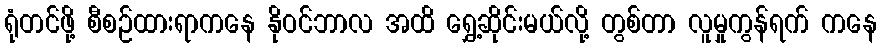
ရုံတင်ဖို့ စီစဉ်ထားရာကနေ နိုဝင်ဘာလ အထိ ရွှေ့ဆိုင်းမယ်လို့ တွစ်တာ လူမှုကွန်ရက် ကနေ